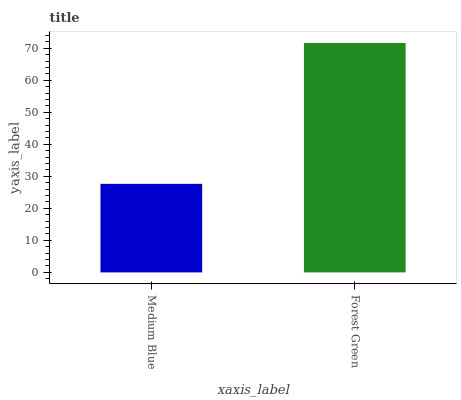
| xaxis_label | bars |
 | --- | --- |
 | Medium Blue | 27.7 |
 | Forest Green | 71.7 |